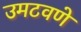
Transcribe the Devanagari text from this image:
उमटवणे